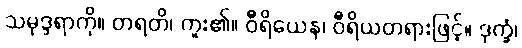
သမုဒ္ဒရာကို။ တရတိ၊ ကူး၏။ ဝီရိယေန၊ ဝီရိယတရားဖြင့်။ ဒုက္ခံ၊